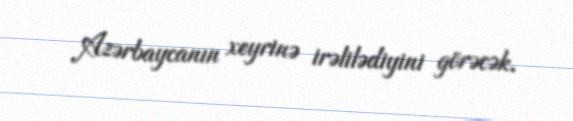
Azərbaycanın xeyrinə irəlilədiyini görəcək.